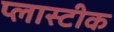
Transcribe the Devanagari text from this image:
प्लास्टीक